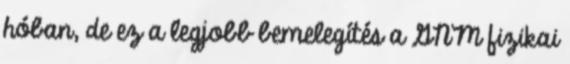
hóban, de ez a legjobb bemelegítés a GNM fizikai